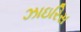
ઝાઇરિસ